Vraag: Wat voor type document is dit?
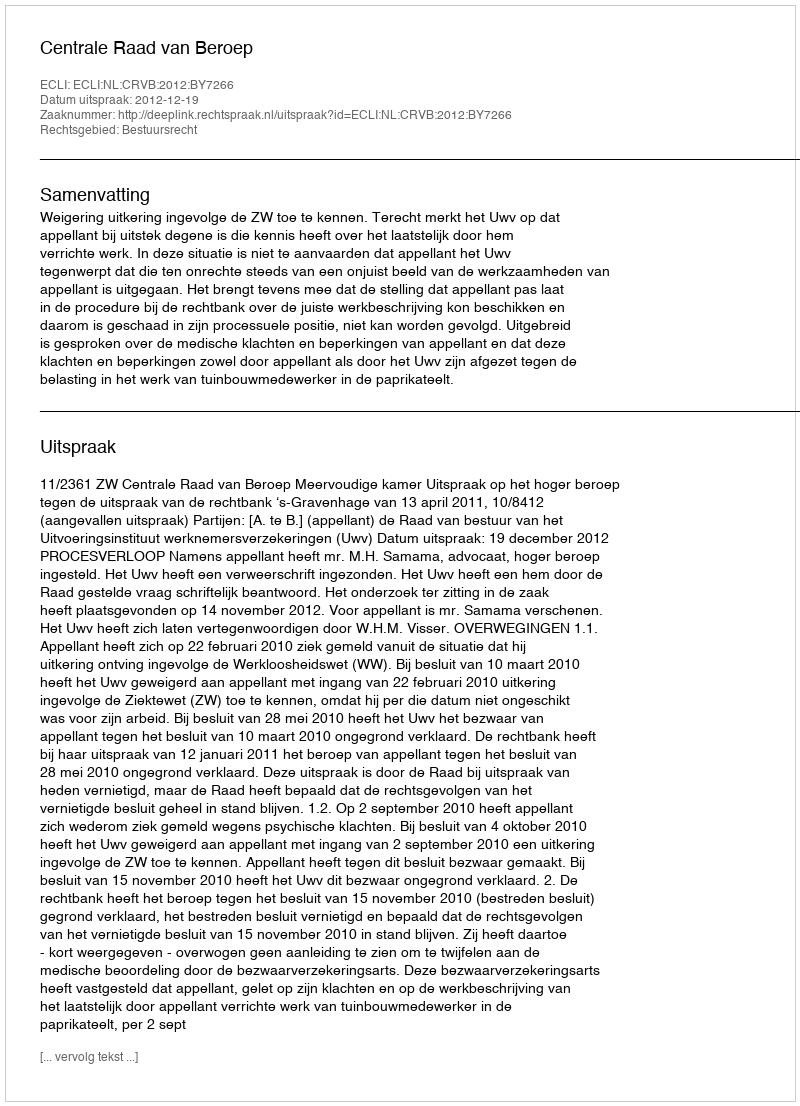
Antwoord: Uitspraak